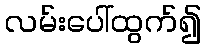
လမ်းပေါ်ထွက်၍